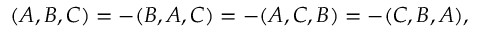
( A , B , C ) = - ( B , A , C ) = - ( A , C , B ) = - ( C , B , A ) ,